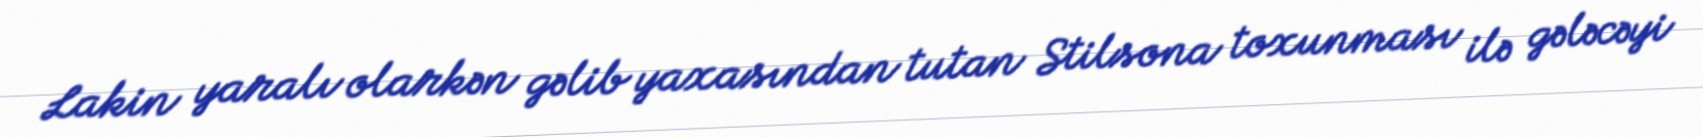
Lakin yaralı olarkən gəlib yaxasından tutan Stilsona toxunması ilə gələcəyi